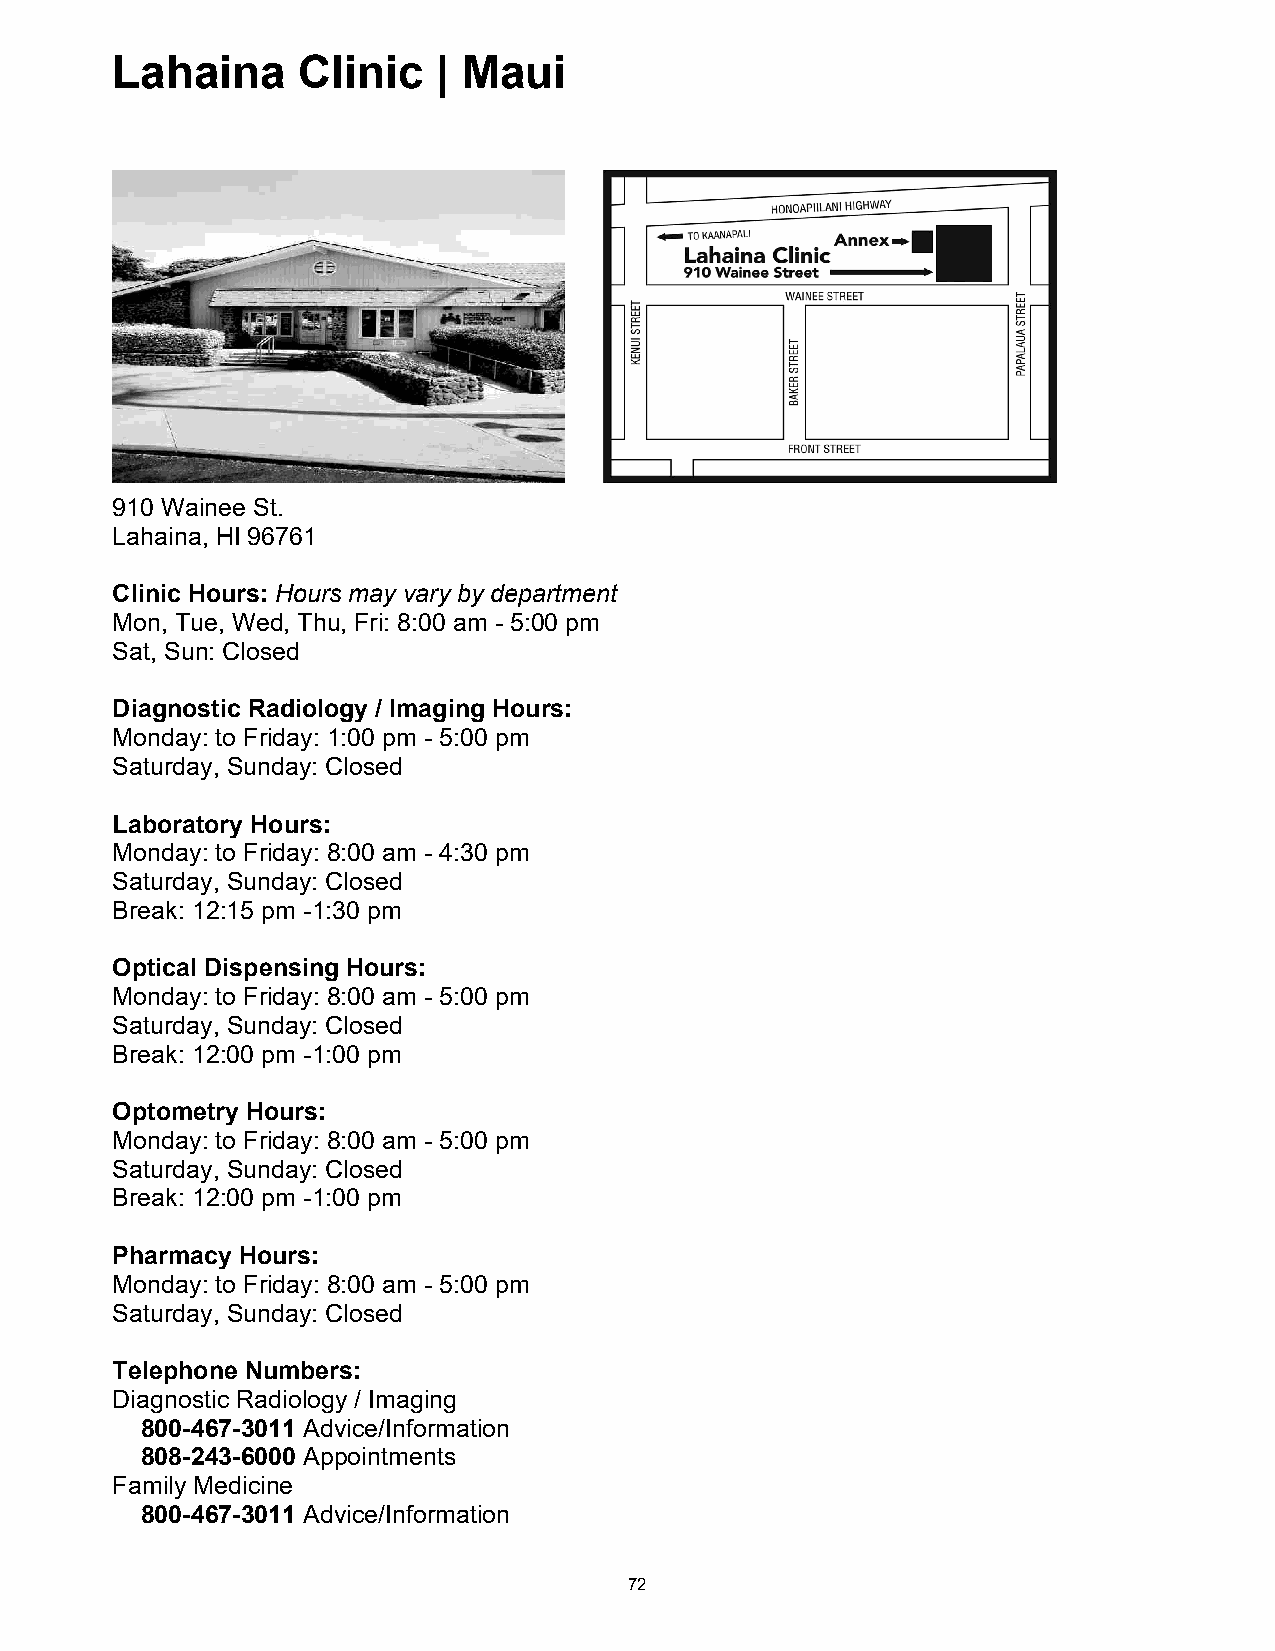
Lahaina      Clinic   | Maui
 Lahaina Clinic | Maui
 910 Wainee St.
 Lahaina, HI 96761
 Clinic Hours: Hours may vary by department
 Mon, Tue, Wed, Thu, Fri: 8:00 am - 5:00 pm
 Sat, Sun: Closed
 Diagnostic Radiology / Imaging Hours:
 Monday: to Friday: 1:00 pm - 5:00 pm
 Saturday, Sunday: Closed
 Laboratory Hours:
 Monday: to Friday: 8:00 am - 4:30 pm
 Saturday, Sunday: Closed
 Break: 12:15 pm -1:30 pm
 Optical Dispensing Hours:
 Monday: to Friday: 8:00 am - 5:00 pm
 Saturday, Sunday: Closed
 Break: 12:00 pm -1:00 pm
 Optometry Hours:
 Monday: to Friday: 8:00 am - 5:00 pm
 Saturday, Sunday: Closed
 Break: 12:00 pm -1:00 pm
 Pharmacy Hours:
 Monday: to Friday: 8:00 am - 5:00 pm
 Saturday, Sunday: Closed
 Telephone Numbers:
 Diagnostic Radiology / Imaging
 800-467-3011 Advice/Information
 808-243-6000 Appointments
 Family Medicine
 800-467-3011 Advice/Information
 72